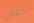
كباقي